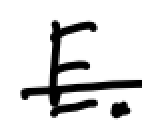
Text: E.
Cross-out: single-line
Writing tool: digital_black